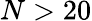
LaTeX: N>20